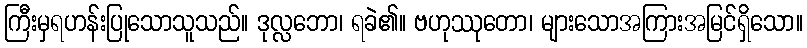
ကြီးမှရဟန်းပြုသောသူသည်။ ဒုလ္လဘော၊ ရခဲ၏။ ဗဟုဿုတော၊ များသောအကြားအမြင်ရှိသော။